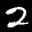
Label: 2